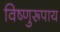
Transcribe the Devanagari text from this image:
विष्णुरूपाय